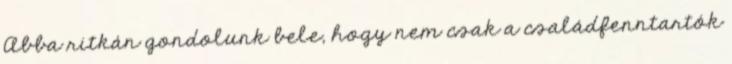
Abba ritkán gondolunk bele, hogy nem csak a családfenntartók